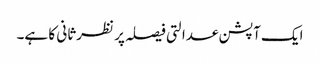
ایک آپشن عدالتی فیصلہ پر نظرثانی کا ہے۔